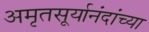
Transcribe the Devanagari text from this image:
अमृतसूर्यानंदांच्या